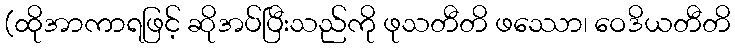
(ထိုအာကာရဖြင့် ဆိုအပ်ပြီးသည်ကို ဖုသတီတိ ဖဿော၊ ဝေဒိယတီတိ